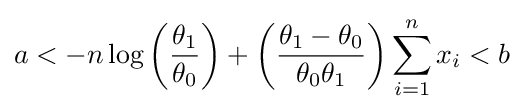
a<-n\log \left({\frac {\theta _{1}}{\theta _{0}}}\right)+\left({\frac {\theta _{1}-\theta _{0}}{\theta _{0}\theta _{1}}}\right)\sum _{i=1}^{n}x_{i}<b